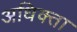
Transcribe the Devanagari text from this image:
अधिक्ता